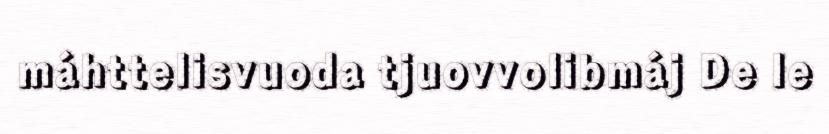
máhttelisvuoda tjuovvolibmáj De le